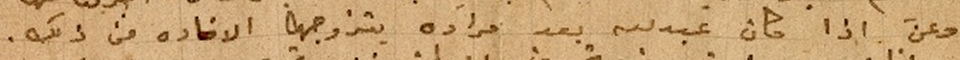
وعن اذا كان عبدلله بعد مراده يتزوجها الافاده عن ذلك.